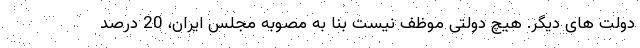
دولت های دیگر. هیچ دولتی موظف نیست بنا به مصوبه مجلس ایران، 20 درصد